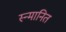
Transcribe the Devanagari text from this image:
स्न्मानित